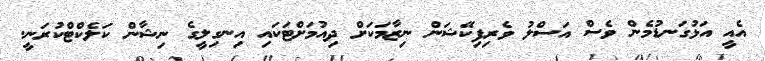
އެއީ އަޅުގަނޑުމެން ވެސް އަސްލު ވެރިފިކޭޝަން ނިޒާމަކަށް ދިއުމަށްޓަކައި އިނގިލީގެ ނިޝާން ކަލެކްޓްކުރަނީ.